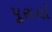
પૂરાયો